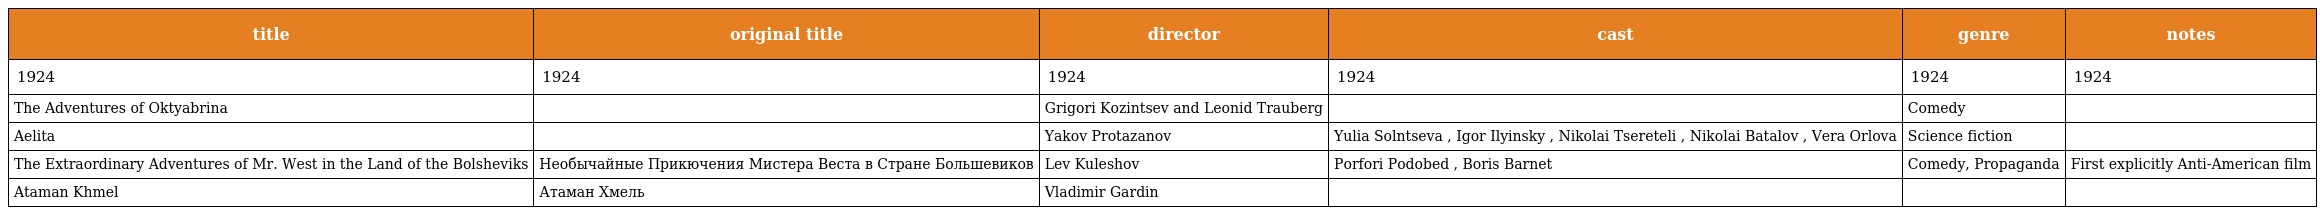
| title | original title | director | cast | genre | notes |
 | --- | --- | --- | --- | --- | --- |
 | 1924 | 1924 | 1924 | 1924 | 1924 | 1924 |
 | The Adventures of Oktyabrina |  | Grigori Kozintsev and Leonid Trauberg |  | Comedy |  |
 | Aelita |  | Yakov Protazanov | Yulia Solntseva , Igor Ilyinsky , Nikolai Tsereteli , Nikolai Batalov , Vera Orlova | Science fiction |  |
 | The Extraordinary Adventures of Mr. West in the Land of the Bolsheviks | Необычайные Прикючения Мистера Веста в Стране Большевиков | Lev Kuleshov | Porfori Podobed , Boris Barnet | Comedy, Propaganda | First explicitly Anti-American film |
 | Ataman Khmel | Атаман Хмель | Vladimir Gardin |  |  |  |